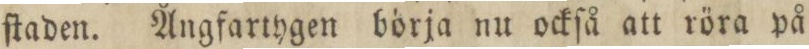
ſtaden. Ångfartygen börja nu ockſå att röra på